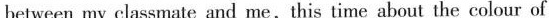
between my classmate and me,this time about the colour of